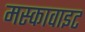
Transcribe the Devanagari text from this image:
मस्कावाइट